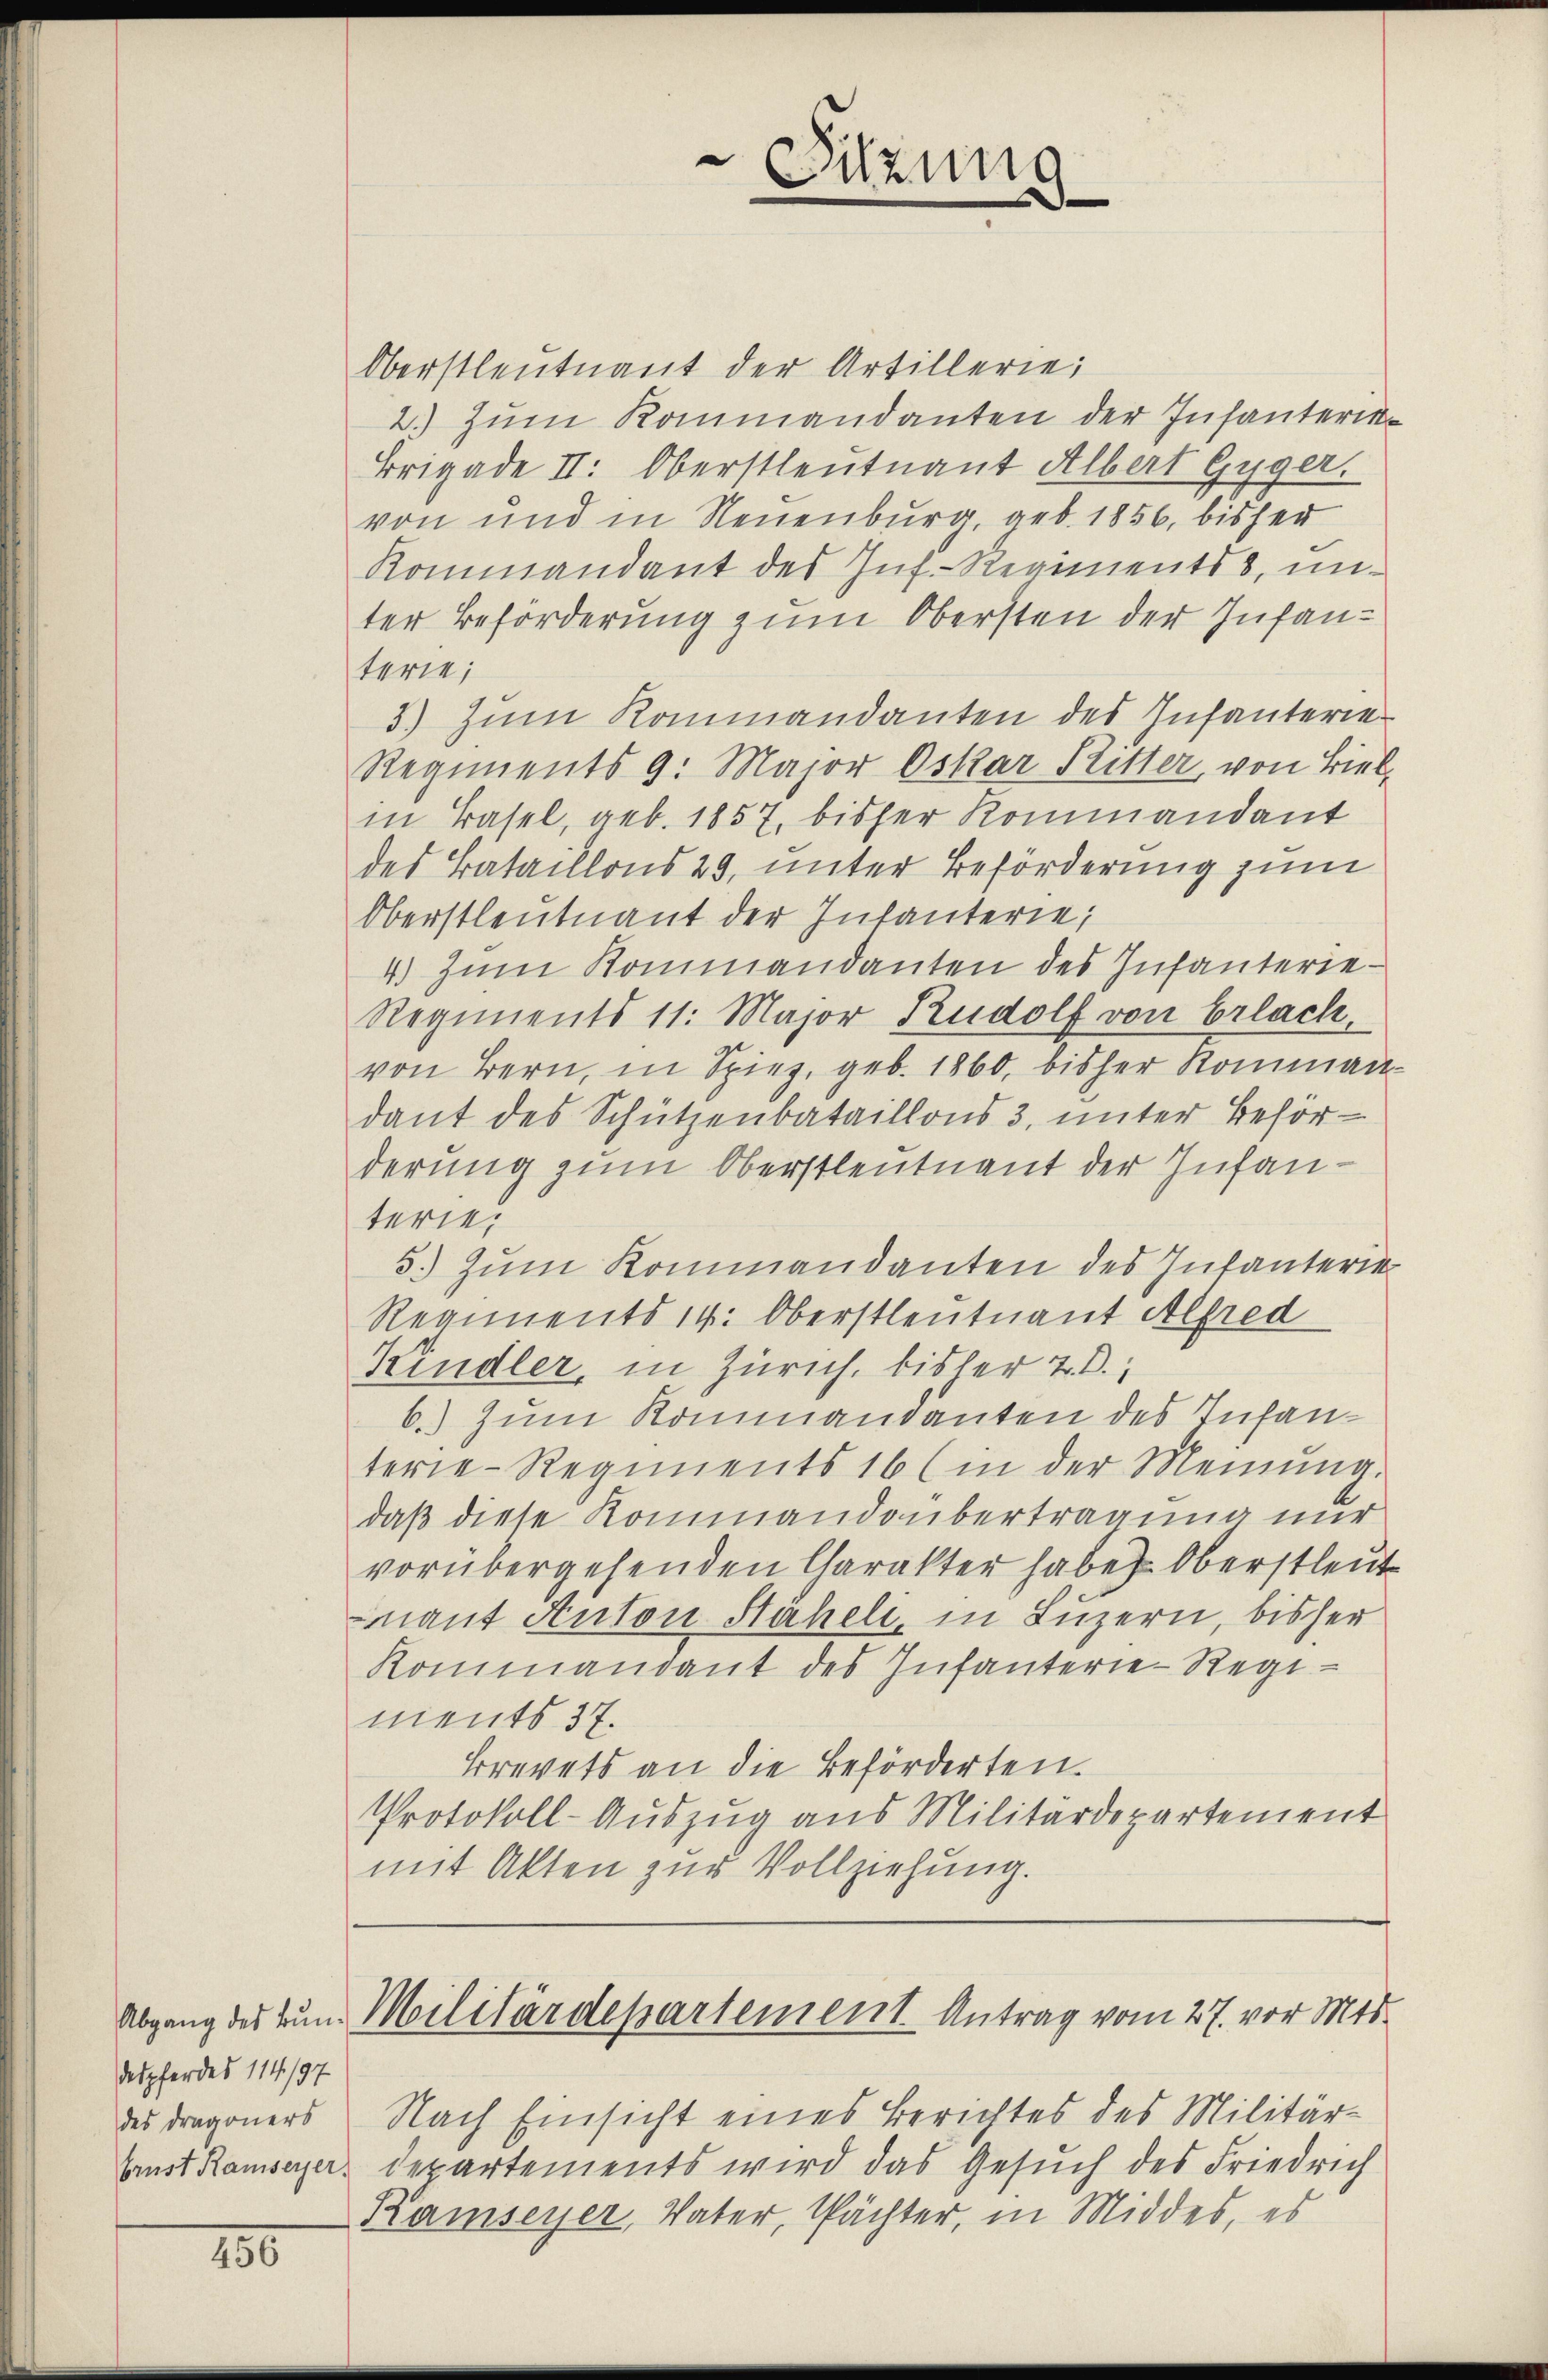
despferdes 114/197
des Dragoners
brust Ramseyer,

250

Sitzung

Oberstleutnant der Artillerie
2.) Zum Kommandanten der Infanterin¬
Brigade II. Oberstleutnant Albert Gyger.
von und in Neuenburg, geb. 1856, bisher
Kommandant des Inf.- Regiments, unter Beförderung zum Obersten der Infanterie;
3) Zum Kommandanten des Infanterie-
Regiments 9. Major Oskar Ritter, von Biel
in Basel, geb. 1857, bisher Kommandant
des Bataillons 29, unter Beförderung zum
Oberstleutnant der Infanterie;
4.) Zum Kommandanten des Infanterie-
Regiments 11. Major Rudolf von Erlach,
von Bern, in Spiez, geb. 1860. bisher Komman
dant des Schützenbataillons 3, unter Behörderung zum Oberstleutnant der Infanterie,
5.) Zum Kommandanten des Infanterie
Regiments 14. Oberstleutnant Alfred
Kindler, in Zürich, bisher 2. d.
6.) Zum Kommandanten des Infanterie-Regiments 16 (in der Meinŭng.
daß diese Rommandobertragung nur
vorübergehenden Charakter haben Oberstleut
mant Anton Stäheli, in Luzern, bisher
Kommandant des Infanterie-Regi
ments 37.
Brevets an die Beförderten.
Protokoll-Auszug aus Militärdepartement
mit Akten zur Vollziehung.

Nach Einsicht eines Berichtes des Militärdepartements wird das Gesuch des Friedrich
Kamseyer, Vater, Pächter, in Middes, es

Abgang des tun. Militärdepartement. Antrag vom 27. vor Mts.